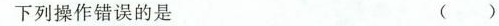
下列操作错误的是 ( )